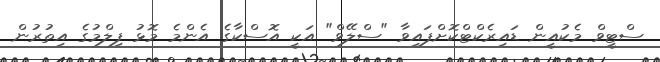
ސްޓީވް މެކުއީން ޑައިރެކްޓްކޮށްފައިވާ "ސްލޭވް" އަކީ އޮސްކާގެ އެންމެ މޮޅު ފިލްމުގެ އިތުރުން